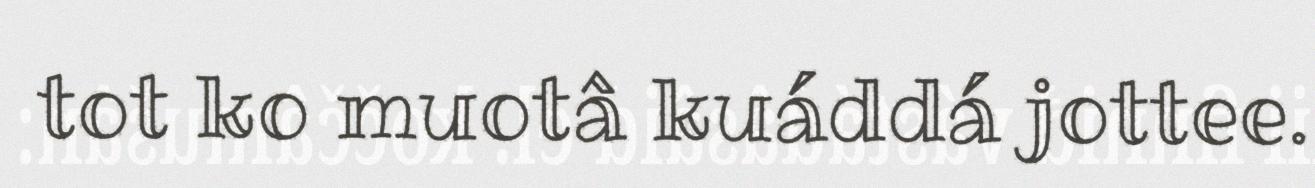
tot ko muotâ kuáddá jottee.